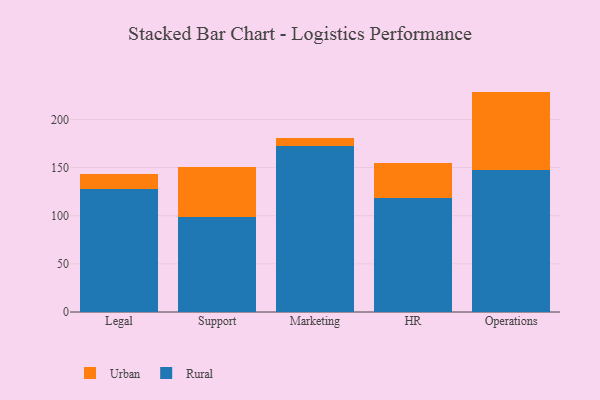
{"axis": {"x": "Department", "y": "Demand Index"}, "legend": ["Rural", "Urban"], "data": [{"x": "Legal", "y": 127.9, "type": "Rural"}, {"x": "Legal", "y": 15.0, "type": "Urban"}, {"x": "Support", "y": 98.3, "type": "Rural"}, {"x": "Support", "y": 52.3, "type": "Urban"}, {"x": "Marketing", "y": 172.8, "type": "Rural"}, {"x": "Marketing", "y": 8.3, "type": "Urban"}, {"x": "HR", "y": 118.4, "type": "Rural"}, {"x": "HR", "y": 36.2, "type": "Urban"}, {"x": "Operations", "y": 147.3, "type": "Rural"}, {"x": "Operations", "y": 81.6, "type": "Urban"}]}